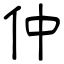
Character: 仲